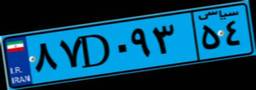
۹۳D۸۴۹۷۸